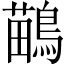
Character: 鶓